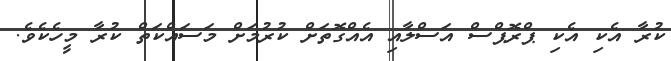
ކުރާ އެކި އެކި ޕްރޮޕްސް އަސްލާއި އެއްގޮތަށް ކުރުމަށް މަސައްކަތް ކުރާ މީހެކެވެ.